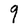
Character: q